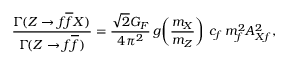
\frac { \Gamma \! ( Z \to f \overline { { { f } } } X ) } { \Gamma \! ( Z \to f \overline { { { f } } } ) } = \frac { \sqrt { 2 } G _ { F } } { 4 \pi ^ { 2 } } \, g \! \left( \frac { m _ { X } } { m _ { Z } } \right) \, c _ { f } \, m _ { f } ^ { 2 } A _ { X f } ^ { 2 } ,